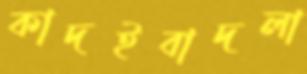
কাদইবাদলা